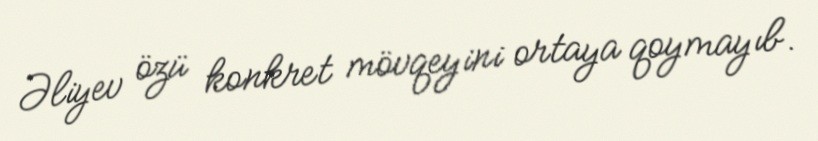
Əliyev özü konkret mövqeyini ortaya qoymayıb.